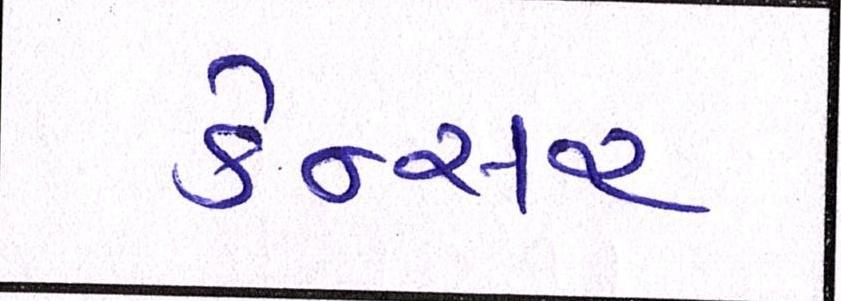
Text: કેન્સર